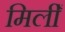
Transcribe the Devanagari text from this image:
मिलीँ